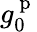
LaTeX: g_{0}^{\mathrm{~p~}}